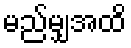
မည်မျှအထိ